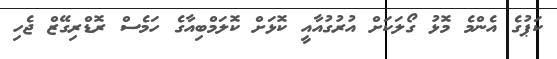
ކަޕުގެ އެންމެ މޮޅު ގޯލަކަށް އުރުގުއާއީ ކޮޅަށް ކޮލަމްބިއާގެ ހަމެސް ރޮޑްރިގޭޒް ޖެހި